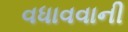
વધાવવાની